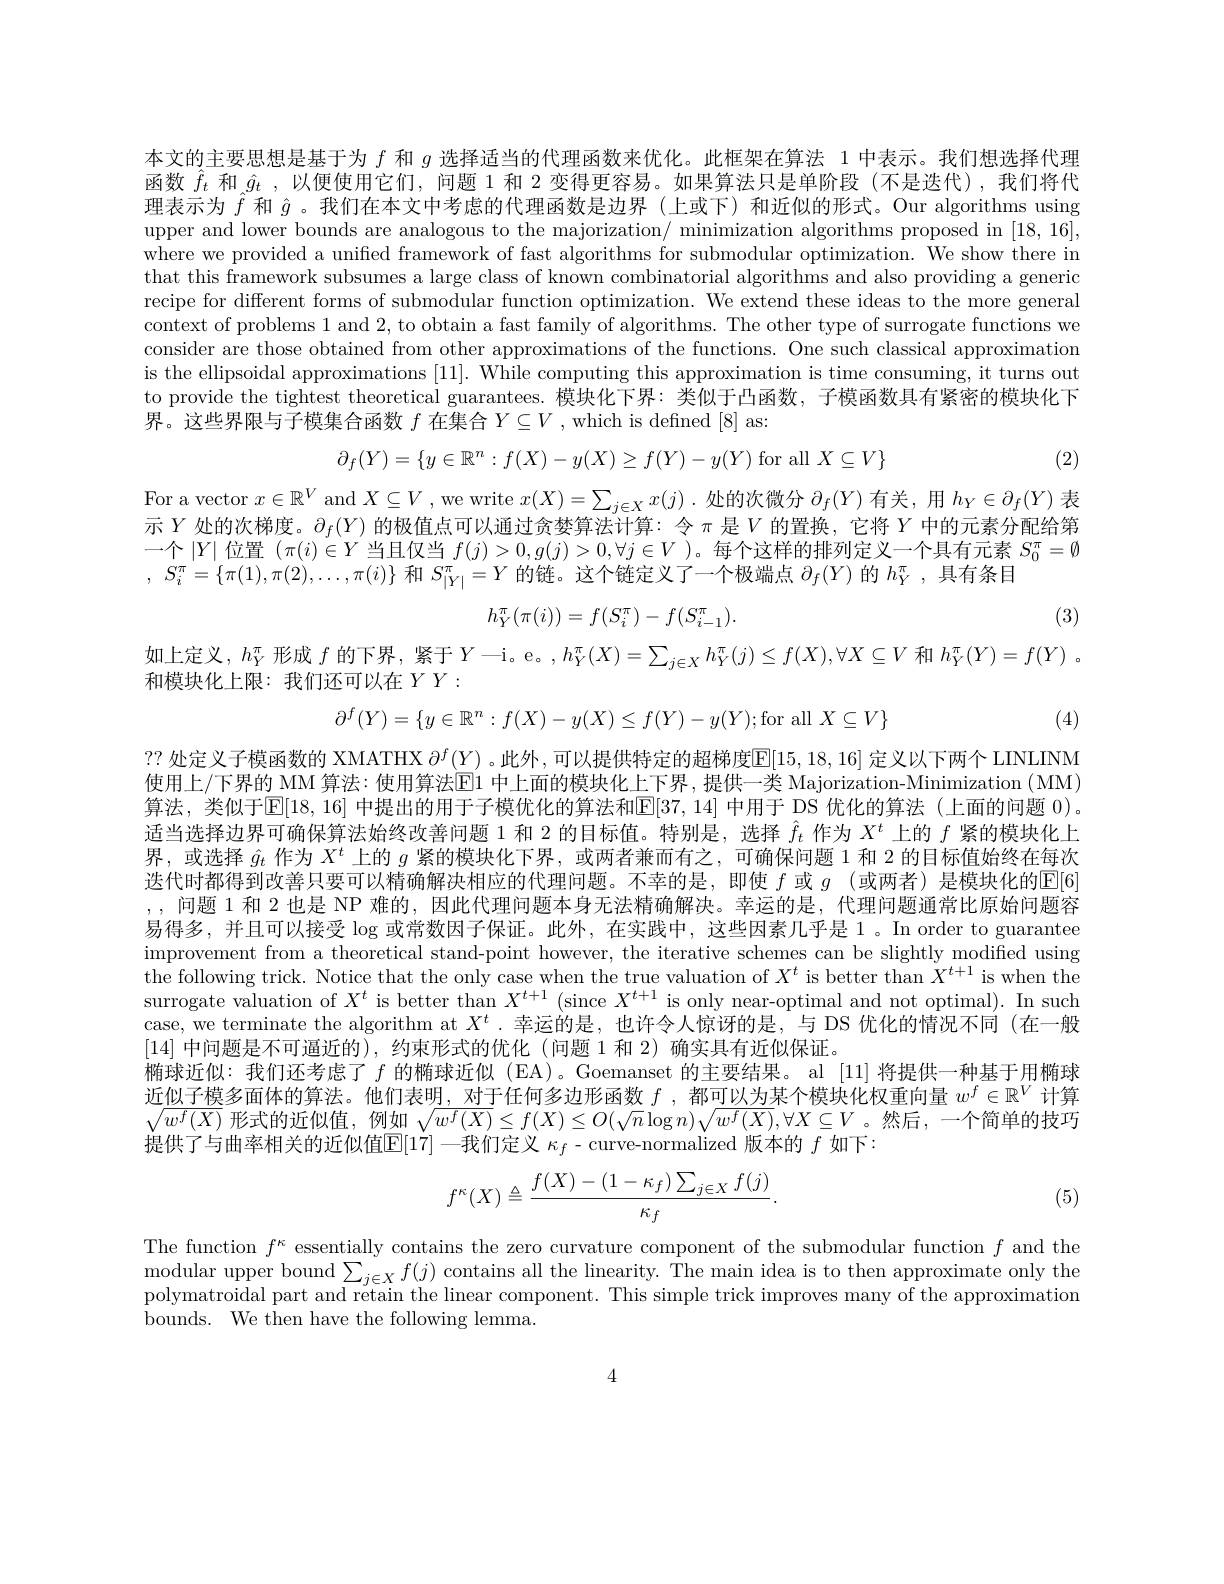
本文的主要思想是基于为$f$和$g$选择适当的代理函数来优化。此框架在算法 1 中表示。我们想选择代理函数$\hat{f}_t$和$\hat{g}_t$,以便使用它们，问题 1 和 2 变得更容易。如果算法只是单阶段(不是迭代),我们将代理表示为$\hat{f}$和$\hat{g}$ 。我们在本文中考虑的代理函数是边界 (上或下) 和近似的形式。Our algorithms using upper and lower bounds are analogous to the majorization/ minimization algorithms proposed in [18,16]. where we provided a unified framework of fast algorithms for submodular optimization. We show there in that this framework subsumes a large class of known combinatorial algorithms and also providing a generic recipe for different forms of submodular function optimization. We extend these ideas to the more general context of problems 1 and 2, to obtain a fast family of algorithms. The other type of surrogate functions we consider are those obtained from other approximations of the functions. One such classical approximation is the ellipsoidal approximations [11]. While computing this approximation is time consuming, it turns out to provide the tightest theoretical guarantees. 模块化下界：类似于凸函数，子模函数具有紧密的模块化下界。这些界限与子模集合函数$f$在集合$Y\subseteq V$ , which is defned [8] as:
$$\partial_{f}(Y)=\{y\in\mathbb{R}^{n}:f(X)-y(X)\geq f(Y)-y(Y)\text{ for all }X\subseteq V\}$$
(2)

For a vector $x\in\mathbb{R}^V$ and $X\subseteq V$ , we write $x(X)=\sum_j\in Xx(j)$ .处的次微分$\partial_f(Y)$有关，用$h_Y\in\partial_f(Y)$表示$Y$处的次梯度。$\partial_f(Y)$的极值点可以通过贪婪算法计算：令$\pi$是$V$的置换，它将$Y$中的元素分配给第一个$|Y|$位置$(\pi(i)\in Y$当且仅当$f(j)>0,g(j)>0,\forall j\in V$ )。每个这样的排列定义一个具有元素$S_0^\pi=\emptyset$ , $S_i^\pi = \{ \pi ( 1) , \pi ( 2) , \ldots , \pi ( i) \}$和$S_|Y|^\pi=Y$的链。这个链定义了一个极端点$\partial_f(Y)$的$h_Y^\pi$,具有条目
$$h_Y^\pi(\pi(i))=f(S_i^\pi)-f(S_{i-1}^\pi).$$
(3)

$if$

$h_Y^\pi$
$$Y\longrightarrow\mathrm{i}\:\mathrm{e}\:,\:h_{Y}^{\pi}(X)=\sum_{j\in X}h_{Y}^{\pi}(j)\leq f(X),\forall X\subseteq V\:\text{和}\:h_{Y}^{\pi}(Y)=f(Y)\:.$$
和模块化上限：我们还可以在$YY:$
$$\partial^f(Y)=\{y\in\mathbb{R}^n:f(X)-y(X)\leq f(Y)-y(Y);\text{for all}X\subseteq V\}$$
(4)

?? 处定义子模函数的 XMATHX $\partial^f(Y)$ 。此外 ,可以提供特定的超梯度$\mathbb{E}[15,18,16]$ 定义以下两个 LINLINM 使用上/下界的 MM 算法：使用算法$\overline{\mathrm{E}}$1 中上面的模块化上下界，提供一类 Majorization-Minimization (MM) 算法，类似于$\mathbb{E}[18,16]$ 中提出的用于子模优化的算法和$\mathbb{E}[37,14]$ 中用于 DS 优化的算法(上面的问题 0)。适当选择边界可确保算法始终改善问题 1 和 2 的目标值。特别是，选择$\hat{f}_t$作为$X^t$上的$f$紧的模块化上界，或选择$\hat{g}_t$作为$X^t$上的$g$紧的模块化下界，或两者兼而有之，可确保问题 1 和 2 的目标值始终在每次迭代时都得到改善只要可以精确解决相应的代理问题。不幸的是，即使$f$或$g$ (或两者)是模块化的$\mathbb{E}[6]$ ,,问题 1 和 2 也是 NP 难的，因此代理问题本身无法精确解决。幸运的是，代理问题通常比原始问题容易得多，并且可以接受$\log$或常数因子保证。此外，在实践中，这些因素几乎是 1。In order to guarantee improvement from a theoretical stand-point however, the iterative schemes can be slightly modified using the following trick. Notice that the only case when the true valuation of $X^t$ is better than $X^t+1$ is when the surrogate valuation of $X^t$ is better than $X^{t+1}($since $X^t+1$ is only near-optimal and not optimal). In such case, we terminate the algorithm at $X^t$ .幸运的是，也许令人惊讶的是，与 DS 优化的情况不同(在一般[14]中问题是不可逼近的),约束形式的优化 (问题 1 和 2) 确实具有近似保证。
椭球近似：我们还考虑了$f$ 的椭球近似(EA)。Goemanset 的主要结果。al [11]将提供一种基于用椭球近似子模多面体的算法。他们表明，对于任何多边形函数$f$ ,都可以为某个模块化权重向量$w^f\in\mathbb{R}^V$计算$\sqrt{w^f(X)}$形式的近似值，例如
$$\sqrt{w^{f}(X)}\leq f(X)\leq O(\sqrt{n}\log n)\sqrt{w^{f}(X)},\forall X\subseteq V$$
提供了与曲率相关的近似值E$[ 1\dot{7} ]$一我们定义$\kappa_f-$curve-normalized 版本的$f$如下：
$$f^\kappa(X)\triangleq\frac{f(X)-(1-\kappa_f)\sum_{j\in X}f(j)}{\kappa_f}.$$
(5)

The function $f^\kappa$ essentially contains the zero curvature component of the submodular function $f$ and the $\begin{aligned}\text{modular upper bound}\sum_{j\in X}f(j)\text{ contains all the linearity. The main idea is to then approximate only the}\\\text{rolumottwidol pout and waricin th lineamont The main idea is to then approximate only the}\\\text{Thicon inde therich th inerich th linear comont Th}\end{aligned}$ polymatroidal part and retain the linear component. This simple trick improves many of the approximation bounds. We then have the following lemma.

4